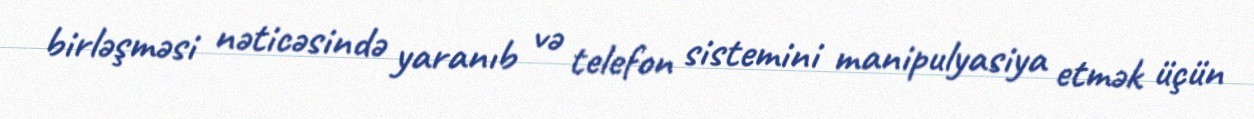
birləşməsi nəticəsində yaranıb və telefon sistemini manipulyasiya etmək üçün